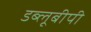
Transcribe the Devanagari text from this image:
डब्लूबीपी